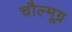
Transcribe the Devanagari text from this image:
चौल्मूग्र